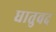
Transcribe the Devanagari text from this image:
धातुवद